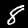
Label: 8